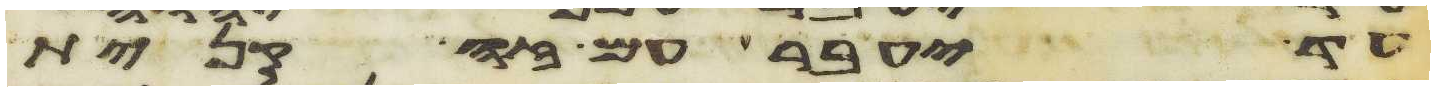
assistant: עד יעבר עם זה קנית